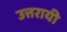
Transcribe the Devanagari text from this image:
उत्तरायी